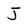
Character: J